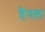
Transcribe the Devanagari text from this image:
हैवल